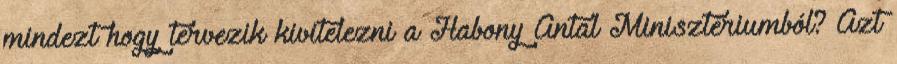
mindezt hogy tervezik kivitelezni a Habony Antal Minisztériumból? Azt